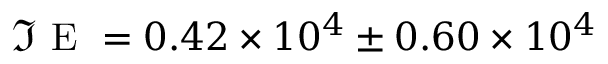
\Im \mathrm { ~ E ~ } = 0 . 4 2 \times 1 0 ^ { 4 } \pm 0 . 6 0 \times 1 0 ^ { 4 }